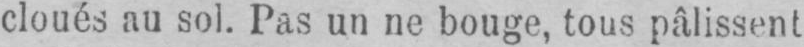
cloués au sol. Pas un ne bouge, tous pâlissent